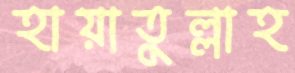
হায়াতুল্লাহ